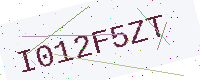
Text: I012F5ZT